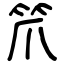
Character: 笊